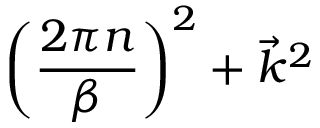
\biggl ( { \frac { 2 \pi n } { \beta } } \biggr ) ^ { 2 } + \vec { k } ^ { 2 }